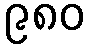
၉၈၀